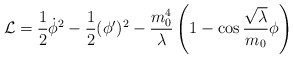
\begin{align*}{\cal L}=\frac{1}{2} \dot{\phi}^{2}-\frac{1}{2}(\phi^\prime)^{2}-\frac{m_{0}^{4}}{\lambda}\left(1-\cos\frac{\sqrt{\lambda}}{m_{0}}\phi\right)\end{align*}